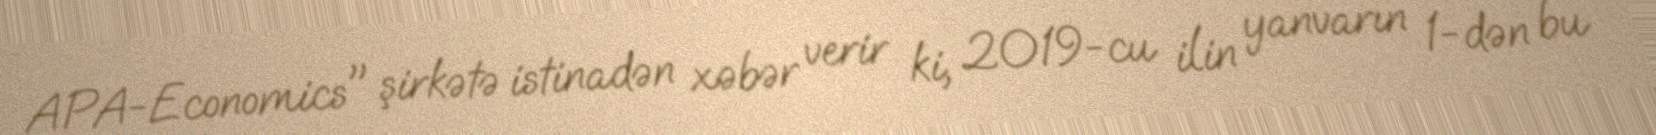
APA-Economics" şirkətə istinadən xəbər verir ki, 2019-cu ilin yanvarın 1-dən bu